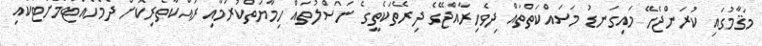
މަޤާމުގައި ކުރަންޖެހޭ މައިގަނޑު މަސައްކަތްތައް ދިވެހިރާއްޖޭގެ ދިރޭތަކެތީގެ ނަސްލުތައް ހިމާޔަތްކުރުމާއި ރައްކާތެރިކޮށް ދެމެހެއްޓުމަށްޓަކައި